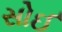
સોઈ